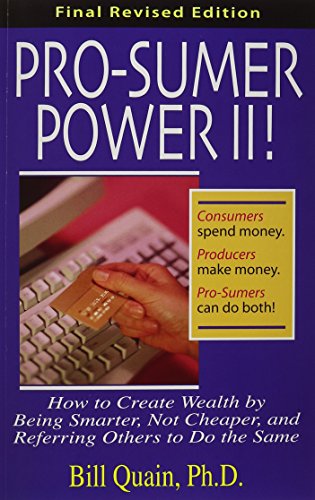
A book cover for Pro-Sumer Power II ! How to Create Wealth by Being Smarter, Not Cheaper, and Referring Others to Do the Same; Bill Quain; Business & Money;